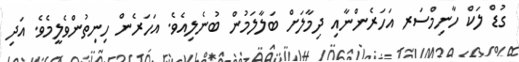
ގުޑް ލަކް ހާނިމްސަރ އަހަރެންނާއި ދިމާލަށް ބަލާލަމުން ބުނެލިއެވެ. އަހަރެން ހިނިތުންވެލީމެވެ. އަދި